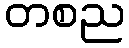
တစည